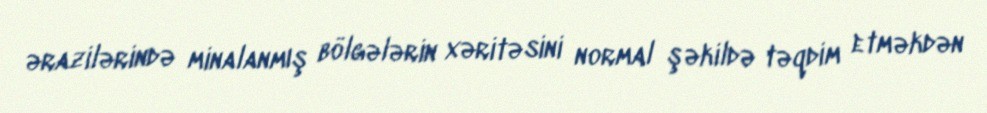
ərazilərində minalanmış bölgələrin xəritəsini normal şəkildə təqdim etməkdən